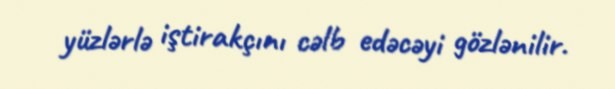
yüzlərlə iştirakçını cəlb edəcəyi gözlənilir.